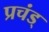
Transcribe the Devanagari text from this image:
प्रचंड्